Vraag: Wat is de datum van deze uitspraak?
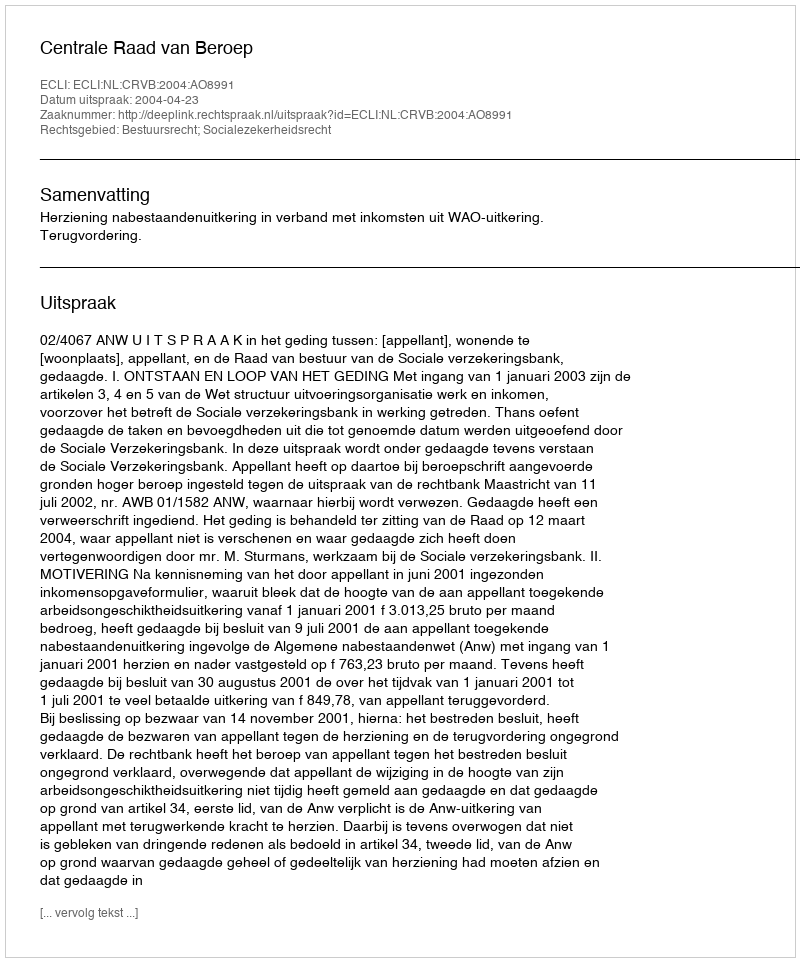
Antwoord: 2004-04-23